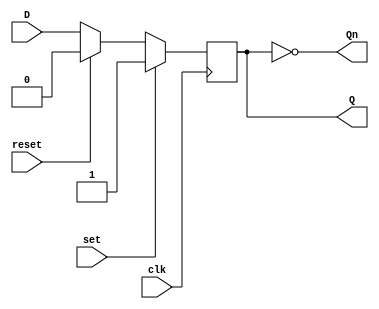
module d_ff_reset_set (
    input wire D,
    input wire clk,
    input wire set,
    input wire reset,
    output reg Q,
    output reg Qn
);

always @(posedge clk) begin
    if (set) begin
        Q <= 1'b1;
    end else if (reset) begin
        Q <= 1'b0;
    end else begin
        Q <= D;
    end
end

assign Qn = ~Q;

endmodule